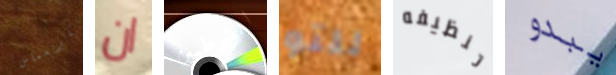
الكريسماس ان الشرطيين للتو تنظيفه يبدو